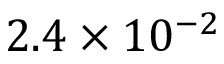
2 . 4 \times 1 0 ^ { - 2 }